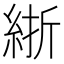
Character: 𬗗